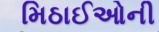
મિઠાઈઓની